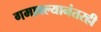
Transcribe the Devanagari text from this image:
गमावल्यानंतरही